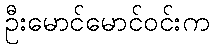
ဦးမောင်မောင်ဝင်းက